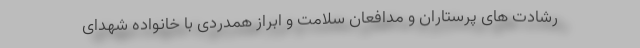
رشادت های پرستاران و مدافعان سلامت و ابراز همدردی با خانواده شهدای